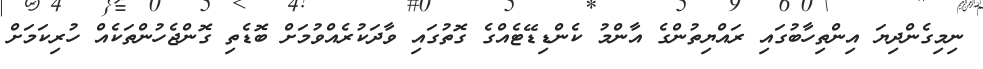
ނިމިގެންދިޔަ އިންތިހާބުގައި ރައްޔިތުންގެ އާންމު ކެންޑިޑޭޓެއްގެ ގޮތުގައި ވާދަކުރެއްވުމަށް ބޮޑެތި ގޮންޖެހުންތަކެއް ހުރިކަމަށް